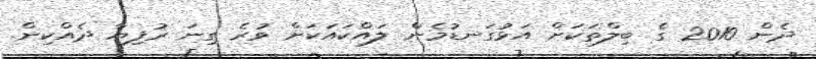
ދެން 2010 ގެ ބިލްތަކަށް އަޅުގަނޑުމެން ލައްކައަކަށް ވުރެ ގިނަ ރުފިޔާ ދެއްކިން.